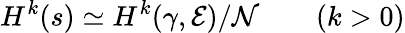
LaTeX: H^{k}(s)\simeq H^{k}(\gamma,{\cal E})/{\cal N}\qquad(k>0)